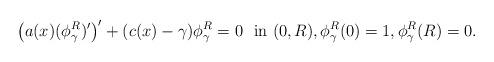
LaTeX: \begin{align*} \big( a(x)(\phi_\gamma^R)'\big)' + (c(x)-\gamma) \phi_\gamma^R = 0 \ \hbox{ in }(0,R), \phi_\gamma^R(0)=1, \phi_\gamma^R(R)=0. \end{align*}